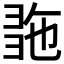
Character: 𢑠